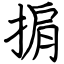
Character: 掮